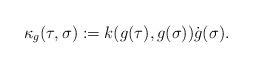
LaTeX: \begin{align*}\kappa_g(\tau,\sigma):=k(g(\tau),g(\sigma))\dot{g}(\sigma).\end{align*}